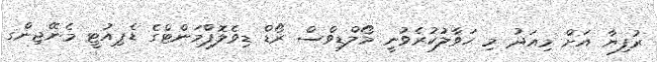
ރުފިޔާ އަށް މިއަދު މި ޙަވާލުކުރެވުނީ މޯލްޑިވްސް ރޯޑް ޑިވެލޮޕްމަންޓްގެ ޑެޕިއުޓީ މެނޭޖިންގ